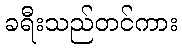
ခရီးသည်တင်ကား